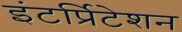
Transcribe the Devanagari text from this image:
इंटर्प्रिटेशन